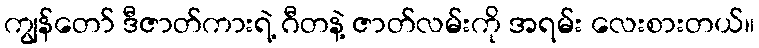
ကျွန်တော် ဒီဇာတ်ကားရဲ့ ဂီတနဲ့ ဇာတ်လမ်းကို အရမ်း လေးစားတယ်။